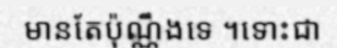
មានតែប៉ុណ្ណឹងទេ ។ទោះជា